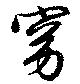
窈